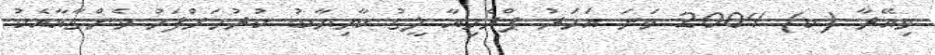
ވިއޭރާ (ކ) 2004 ވަނަ އަހަރު ޕްރެމިއާ ލީގު ކާމިޔާބު ކުރުމަށްފަހު ވެންގާއާއެކު